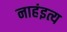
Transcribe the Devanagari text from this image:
नाहंइत्य